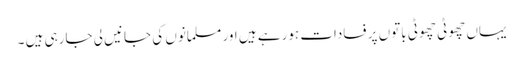
یہاں چھوٹی چھوٹی باتوں پر فسادات ہورہے ہیں اور مسلمانوں کی جانیں لی جارہی ہیں ۔